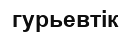
гурьевтік